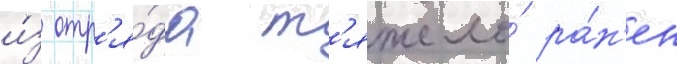
и́з отр'я́да т'яжело́ ра́н'ен